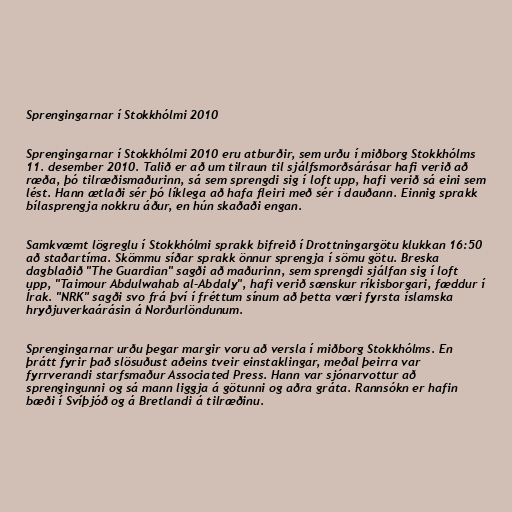
Sprengingarnar í Stokkhólmi 2010

Sprengingarnar í Stokkhólmi 2010 eru atburðir, sem urðu í miðborg Stokkhólms
11. desember 2010. Talið er að um tilraun til sjálfsmorðsárásar hafi verið að
ræða, þó tilræðismaðurinn, sá sem sprengdi sig í loft upp, hafi verið sá eini sem
lést. Hann ætlaði sér þó líklega að hafa fleiri með sér í dauðann. Einnig sprakk
bílasprengja nokkru áður, en hún skaðaði engan.

Samkvæmt lögreglu í Stokkhólmi sprakk bifreið í Drottningargötu klukkan 16:50
að staðartíma. Skömmu síðar sprakk önnur sprengja í sömu götu. Breska
dagblaðið "The Guardian" sagði að maðurinn, sem sprengdi sjálfan sig í loft
upp, "Taimour Abdulwahab al-Abdaly", hafi verið sænskur ríkisborgari, fæddur í
Írak. "NRK" sagði svo frá því í fréttum sínum að þetta væri fyrsta íslamska
hryðjuverkaárásin á Norðurlöndunum.

Sprengingarnar urðu þegar margir voru að versla í miðborg Stokkhólms. En
þrátt fyrir það slösuðust aðeins tveir einstaklingar, meðal þeirra var
fyrrverandi starfsmaður Associated Press. Hann var sjónarvottur að
sprengingunni og sá mann liggja á götunni og aðra gráta. Rannsókn er hafin
bæði í Svíþjóð og á Bretlandi á tilræðinu.